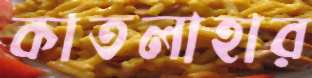
কাতলাহার